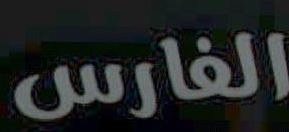
الفارس